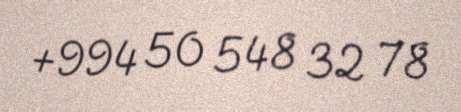
+994 50 548 32 78